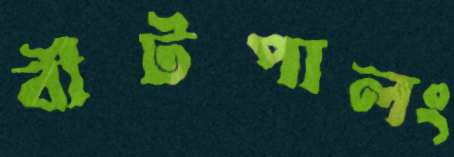
বীটপালং